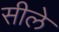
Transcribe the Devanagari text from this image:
सीले